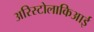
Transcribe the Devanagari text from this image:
अरिस्टोलाकिआई